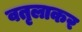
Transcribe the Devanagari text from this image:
वतृलाकर